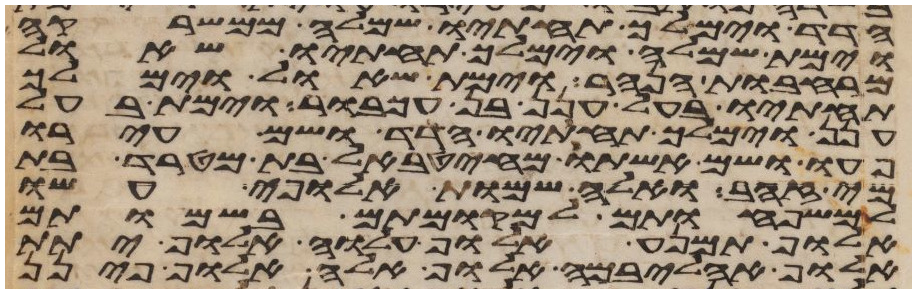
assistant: הדד וימלך תחתיו שמלה ממשרקה
וימת שמלה וימלך תחתיו שאול
מרחבות הנהר וימת שאול וימלך
תחתיו בעל חנן בן עכבור וימת בעל
חנן וימלך תחתיו הדד ושם עירו
פעו ושם אשתו מהטבאל בת מטרד בת
מי זהב ואלה שמות אלופי עשו
למשפחותם למקומותם בשמותם
אלוף תמנע אלוף עלוה אלוף יתת
אלוף אהליבמה אלוף אלה אלוף פינן